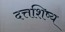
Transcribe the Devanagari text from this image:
दत्तशिष्य